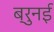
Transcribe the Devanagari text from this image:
ब्रुनई